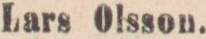
(691)    Lars Olsson.